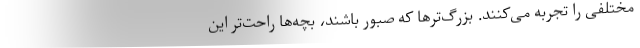
مختلفی را تجربه می‌کنند. بزرگ‌ترها که صبور باشند، بچه‌ها راحت‌تر این